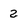
Character: 2